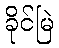
ခိုင်မြဲ